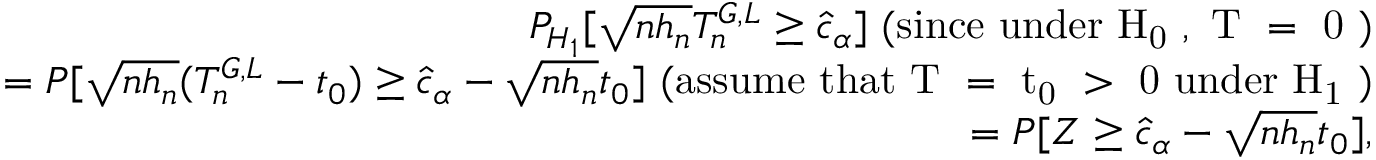
\begin{array} { r l r } & { } & { P _ { H _ { 1 } } [ \sqrt { n h _ { n } } T _ { n } ^ { G , L } \geq \hat { c } _ { \alpha } ] ~ \mathrm { ( s i n c e ~ u n d e r ~ H _ { 0 } ~ , ~ T ~ = ~ 0 ~ ) } } \\ & { } & { = P [ \sqrt { n h _ { n } } ( T _ { n } ^ { G , L } - t _ { 0 } ) \geq \hat { c } _ { \alpha } - \sqrt { n h _ { n } } t _ { 0 } ] ~ \mathrm { ( a s s u m e ~ t h a t ~ T ~ = ~ t _ { 0 } ~ > ~ 0 ~ u n d e r ~ H _ { 1 } ~ ) } } \\ & { } & { = P [ Z \geq \hat { c } _ { \alpha } - \sqrt { n h _ { n } } t _ { 0 } ] , } \end{array}